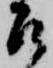
召